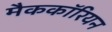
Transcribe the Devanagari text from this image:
मैककॉरियन